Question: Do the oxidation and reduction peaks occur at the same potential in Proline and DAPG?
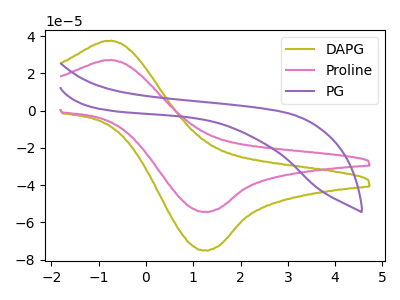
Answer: <think>The olive curve "DAPG" has an anodic peak at (-0.70V, 37.45uA) and a cathodic peak at (1.25V, -74.90uA). The pink curve "Proline" has an anodic peak at (-0.70V, 27.10uA) and a cathodic peak at (1.25V, -54.25uA). The purple curve "PG" has no peaks.</think>
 <answer>Yes, "Proline" have a peak in "DAPG" at the same potential.</answer>
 <eval>match</eval>